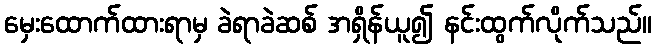
မှေးထောက်ထားရာမှ ခဲရာခဲဆစ် အရှိန်ယူ၍ နင်းထွက်လိုက်သည်။